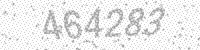
Solution: 464283